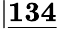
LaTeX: \lvert\underline{{\textbf{134}}}